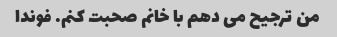
من ترجیح می دهم با خانم صحبت کنم. فوندا